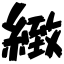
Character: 緻